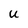
Character: U